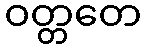
ဝတ္တတေ